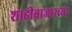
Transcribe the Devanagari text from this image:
शाहीबाजारच्या